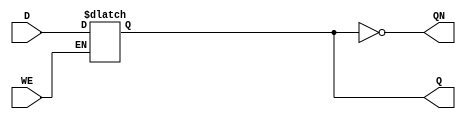
//-----------------------------------------------------
// Design Name : config_latch
// Coder       : Xifan TANG
//-----------------------------------------------------

//-----------------------------------------------------
// Function    : A Configurable Latch with
//               - an active-high write enable signal
//-----------------------------------------------------
module LATCH (
  input WE, // Write enable
  input D, // Data input
  output Q, // Q output
  output QN // Q negative output
);
//------------Internal Variables--------
reg q_reg;

//-------------Code Starts Here---------
always @ (WE or D) begin
  if (1'b1 == WE) begin
    q_reg <= D;
  end
end

// Wire q_reg to Q
`ifndef ENABLE_FORMAL_VERIFICATION
  assign Q = q_reg;
  assign QN = ~q_reg;
`else
  assign Q = 1'bZ;
  assign QN = !Q;
`endif

endmodule

//-----------------------------------------------------
// Function    : A Configurable Latch with
//               - an active-high write enable signal
//               - an active-high reset signal
//-----------------------------------------------------
module LATCHR (
  input RST, // Reset signal
  input WE, // Write enable
  input D, // Data input
  output Q, // Q output
  output QN // Q negative output
);
//------------Internal Variables--------
reg q_reg;

//-------------Code Starts Here---------
always @ (RST or WE or D) begin
  if (RST) begin
    q_reg <= 1'b0;
  end else if (1'b1 == WE) begin
    q_reg <= D;
  end
end

// Wire q_reg to Q
`ifndef ENABLE_FORMAL_VERIFICATION
  assign Q = q_reg;
  assign QN = ~q_reg;
`else
  assign Q = 1'bZ;
  assign QN = !Q;
`endif

endmodule

//-----------------------------------------------------
// Function    : A Configurable Latch with
//               - an active-high write enable signal
//               - an active-low reset signal
//-----------------------------------------------------
module LATCHRN (
  input RSTN, // Reset signal
  input WE, // Write enable
  input D, // Data input
  output Q, // Q output
  output QN // Q negative output
);
//------------Internal Variables--------
reg q_reg;

//-------------Code Starts Here---------
always @ (RSTN or WE or D) begin
  if (~RSTN) begin
    q_reg <= 1'b0;
  end else if (1'b1 == WE) begin
    q_reg <= D;
  end
end

// Wire q_reg to Q
`ifndef ENABLE_FORMAL_VERIFICATION
  assign Q = q_reg;
  assign QN = ~q_reg;
`else
  assign Q = 1'bZ;
  assign QN = !Q;
`endif

endmodule

//-----------------------------------------------------
// Function    : A Configurable Latch with
//               - an active-high write enable signal
//               - an active-high set signal
//-----------------------------------------------------
module LATCHS (
  input SET, // Set signal
  input WE, // Write enable
  input D, // Data input
  output Q, // Q output
  output QN // Q negative output
);
//------------Internal Variables--------
reg q_reg;

//-------------Code Starts Here---------
always @ (SET or WE or D) begin
  if (SET) begin
    q_reg <= 1'b1;
  end else if (1'b1 == WE) begin
    q_reg <= D;
  end
end

// Wire q_reg to Q
`ifndef ENABLE_FORMAL_VERIFICATION
  assign Q = q_reg;
  assign QN = ~q_reg;
`else
  assign Q = 1'bZ;
  assign QN = !Q;
`endif

endmodule

//-----------------------------------------------------
// Function    : A Configurable Latch with
//               - an active-high write enable signal
//               - an active-low set signal
//-----------------------------------------------------
module LATCHSN (
  input SETN, // Set signal
  input WE, // Write enable
  input D, // Data input
  output Q, // Q output
  output QN // Q negative output
);
//------------Internal Variables--------
reg q_reg;

//-------------Code Starts Here---------
always @ (SETN or WE or D) begin
  if (~SETN) begin
    q_reg <= 1'b1;
  end else if (1'b1 == WE) begin
    q_reg <= D;
  end
end

// Wire q_reg to Q
`ifndef ENABLE_FORMAL_VERIFICATION
  assign Q = q_reg;
  assign QN = ~q_reg;
`else
  assign Q = 1'bZ;
  assign QN = !Q;
`endif

endmodule

//-----------------------------------------------------
// Function    : A Configurable Latch with
//               - an active-high write enable signal
//               - an active-high reset signal
//               - an active-high set signal
//-----------------------------------------------------
module LATCHSR (
  input RST, // Reset signal
  input SET, // Set signal
  input WE, // Write enable
  input D, // Data input
  output Q, // Q output
  output QN // Q negative output
);
//------------Internal Variables--------
reg q_reg;

//-------------Code Starts Here---------
always @ (RST or SET or WE or D) begin
  if (RST) begin
    q_reg <= 1'b0;
  end else if (SET) begin
    q_reg <= 1'b1;
  end else if (1'b1 == WE) begin
    q_reg <= D;
  end
end

// Wire q_reg to Q
`ifndef ENABLE_FORMAL_VERIFICATION
  assign Q = q_reg;
  assign QN = ~q_reg;
`else
  assign Q = 1'bZ;
  assign QN = !Q;
`endif

endmodule

//-----------------------------------------------------
// Function    : A Configurable Latch with
//               - an active-high write enable signal
//               - an active-high reset signal
//               - an active-high set signal
//-----------------------------------------------------
module LATCHSNRN (
  input RSTN, // Reset signal
  input SETN, // Set signal
  input WE, // Write enable
  input D, // Data input
  output Q, // Q output
  output QN // Q negative output
);
//------------Internal Variables--------
reg q_reg;

//-------------Code Starts Here---------
always @ (RSTN or SETN or WE or D) begin
  if (~RSTN) begin
    q_reg <= 1'b0;
  end else if (~SETN) begin
    q_reg <= 1'b1;
  end else if (1'b1 == WE) begin
    q_reg <= D;
  end
end

// Wire q_reg to Q
`ifndef ENABLE_FORMAL_VERIFICATION
  assign Q = q_reg;
  assign QN = ~q_reg;
`else
  assign Q = 1'bZ;
  assign QN = !Q;
`endif

endmodule